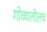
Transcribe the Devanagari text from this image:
गोव्यातीलच